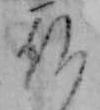
仏